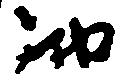
納